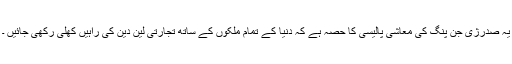
یہ صدرژی جن پنگ کی معاشی پالیسی کا حصہ ہے کہ دنیا کے تمام ملکوں کے ساتھ تجارتی لین دین کی راہیں کھلی رکھی جائیں ۔